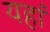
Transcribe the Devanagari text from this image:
यहां